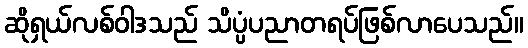
ဆိုရှယ်လစ်ဝါဒသည် သိပ္ပံပညာတရပ်ဖြစ်လာပေသည်။